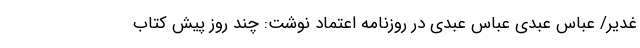
غدیر/ عباس عبدی عباس عبدی در روزنامه اعتماد نوشت: چند روز پیش کتاب